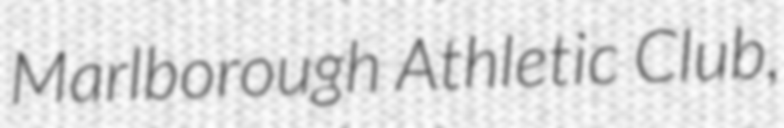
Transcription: Marlborough Athletic Club,